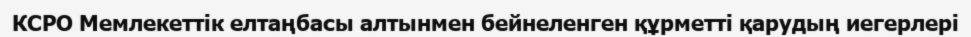
КСРО Мемлекеттік елтаңбасы алтынмен бейнеленген құрметті қарудың иегерлері